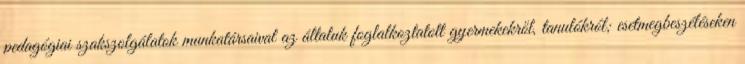
pedagógiai szakszolgálatok munkatársaival az általuk foglalkoztatott gyermekekről, tanulókról; esetmegbeszéléseken